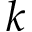
k